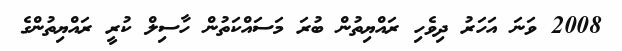
2008 ވަނަ އަހަރު ދިވެހި ރައްޔިތުން ބުރަ މަސައްކަތުން ހާސިލް ކުރީ ރައްޔިތުންގެ